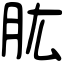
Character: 肱